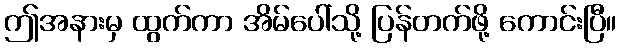
ဤအနားမှ ထွက်ကာ အိမ်ပေါ်သို့ ပြန်တက်ဖို့ ကောင်းပြီ။